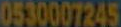
0530007245